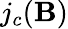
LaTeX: j_{c}(\mathbf{B})